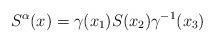
LaTeX: \begin{align*}S^{\alpha}(x) = \gamma(x_1)S(x_2)\gamma^{-1}(x_3)\end{align*}